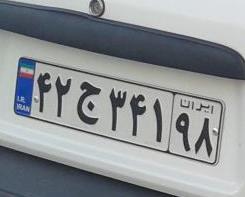
۴۲ج۳۴۱۹۸